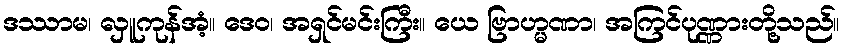
ဒဿာမ၊ လှူကုန်အံ့။ ဒေဝ၊ အရှင်မင်းကြီး။ ယေ ဗြာဟ္မဏာ၊ အကြင်ပုဏ္ဏားတို့သည်။